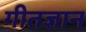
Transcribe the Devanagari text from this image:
गीतज्ञान